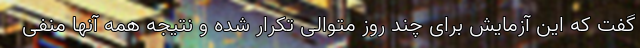
گفت که این آزمایش برای چند روز متوالی تکرار شده و نتیجه همه آنها منفی